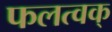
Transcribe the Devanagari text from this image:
फलत्वक्‌